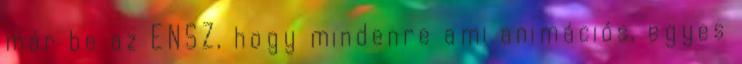
már be az ENSZ, hogy mindenre ami animációs, egyes